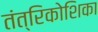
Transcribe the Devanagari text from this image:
तंत्रिकोशिका